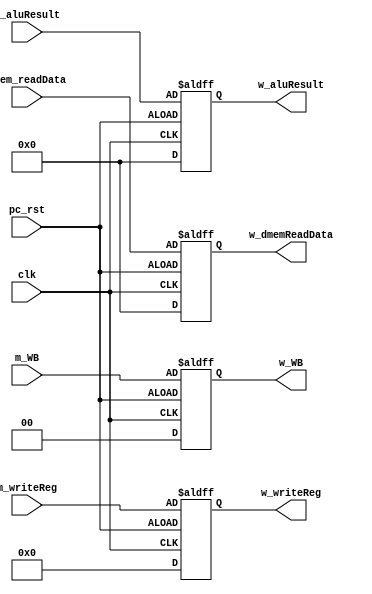
/*
 * Taylor Skilling
 * Will Johnson
 * 12/14/2016
 * EECE 3324
 *
 * MEM_WB - ME/WB Register
 */

module MEM_WB(clk, pc_rst, m_aluResult, m_writeReg, dmem_readData, m_WB,
                    w_aluResult, w_writeReg, w_dmemReadData, w_WB);

  input clk, pc_rst;
  input [31:0] m_aluResult, dmem_readData;
  input [4:0] m_writeReg;
  input [1:0] m_WB;
  output reg [31:0] w_aluResult, w_dmemReadData;
  output reg [4:0] w_writeReg;
  output reg [1:0] w_WB;
  
  always @ (posedge clk or negedge pc_rst) 
    begin

      // Clear values
      if (pc_rst)
        begin
          w_aluResult <= 0;
          w_dmemReadData <= 0;
          w_writeReg <= 0;
          w_WB <= 0;
        end
      else

      // Pass values through
        begin
          w_aluResult <= m_aluResult;
          w_dmemReadData <= dmem_readData;
          w_writeReg <= m_writeReg;
          w_WB <= m_WB;
        end
        
      end
endmodule